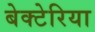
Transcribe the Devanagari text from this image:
बेक्टेरिया